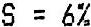
S = 6%